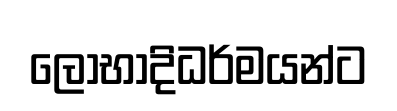
ලෝභාදිධර්මයන්ට